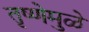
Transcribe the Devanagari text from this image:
तृष्णेमुळे